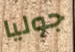
جوليا